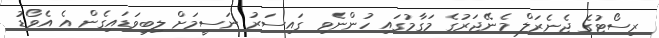
ރިސޯޓުގެ ޖެނެރަލް މެނޭޖަރުގެ މަގާމުގައި ހުންނެވި ގައިސަރު ނަސީމަށް ލިބިވަޑައިގެން އެ އެވޯޑު